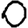
Digit: 0